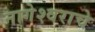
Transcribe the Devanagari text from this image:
नागेेश्वराचे